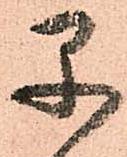
早